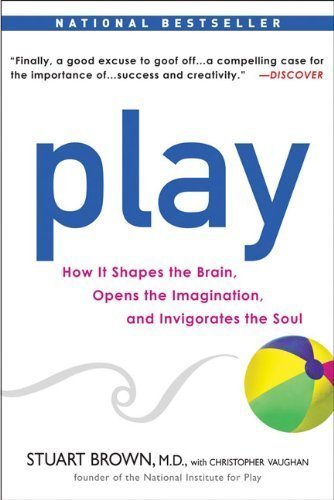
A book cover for Play: How it Shapes the Brain, Opens the Imagination, and Invigorates the Soul by Stuart Brown M.D. (April 6 2010); Cookbooks, Food & Wine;